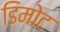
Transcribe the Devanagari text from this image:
डिमोट